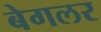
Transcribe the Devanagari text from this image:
बेगलर